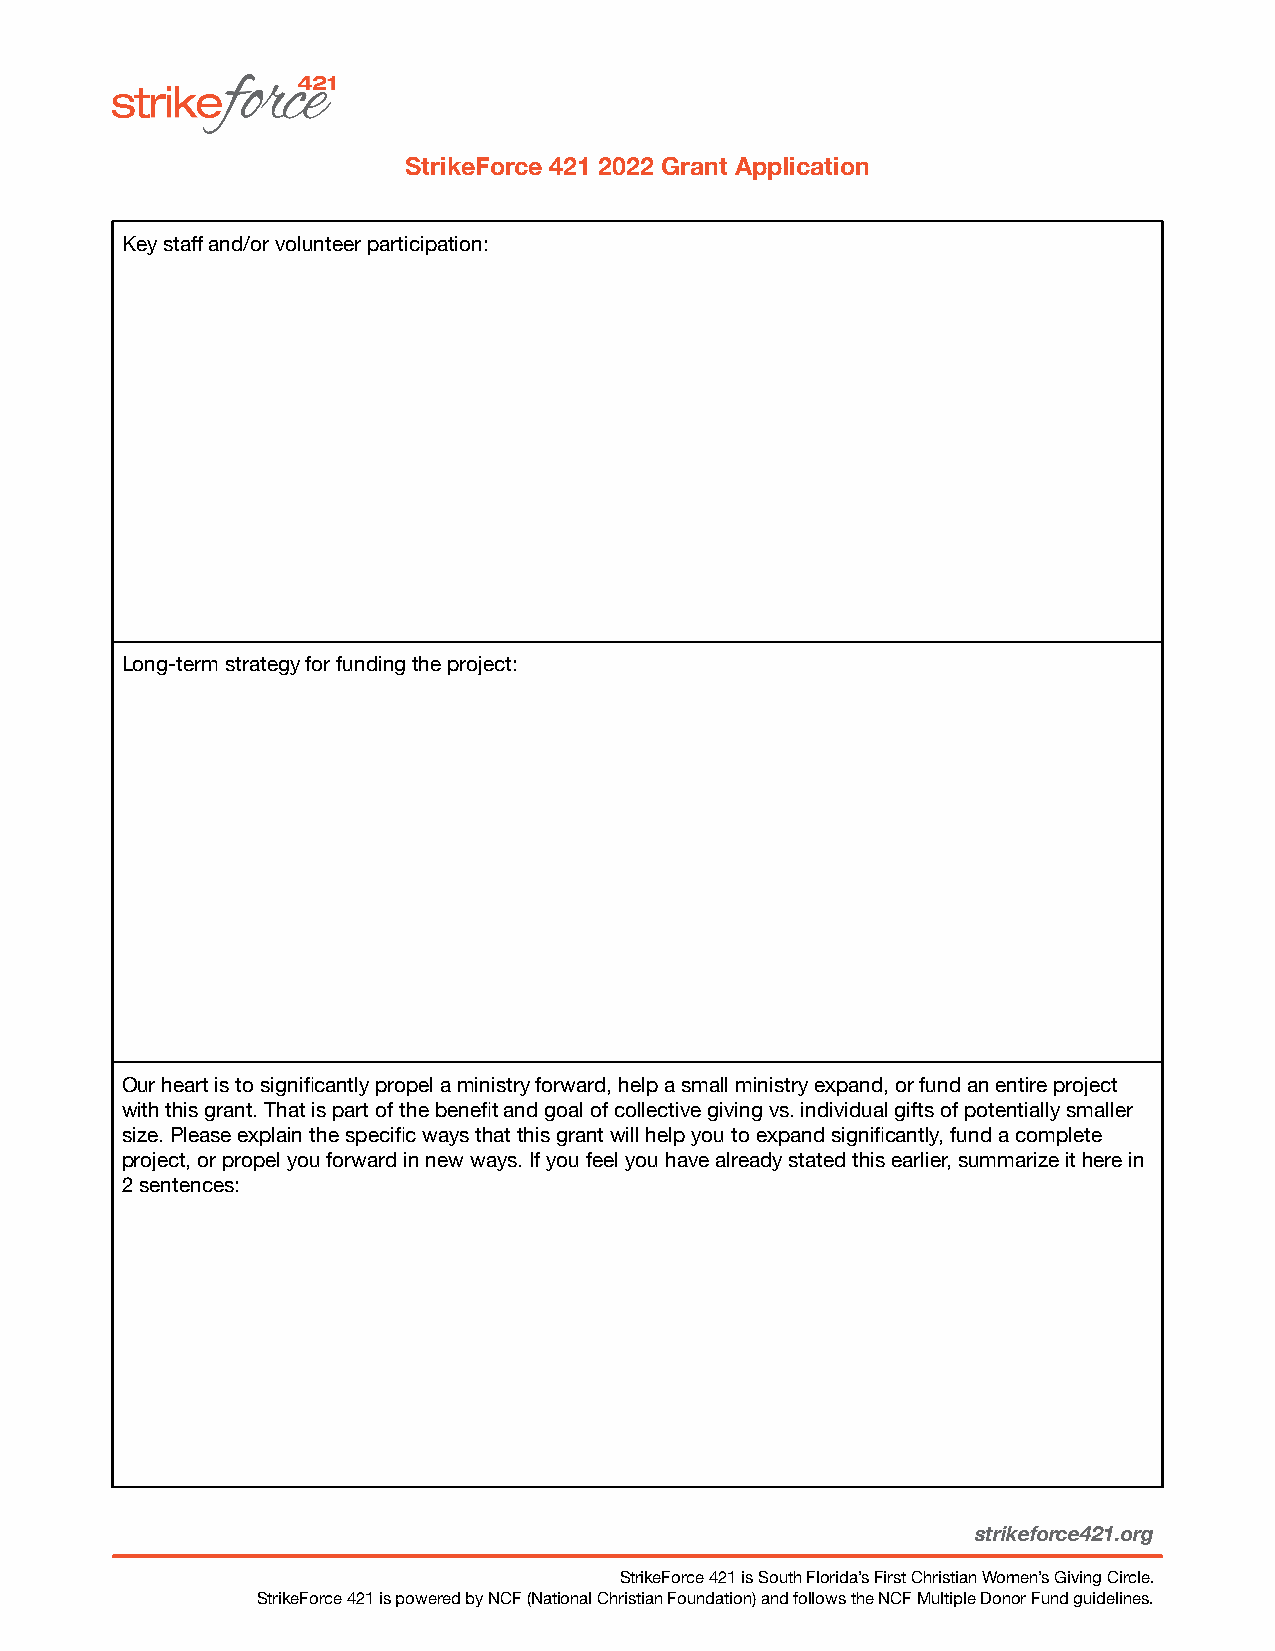
StrikeForce 421 2022 Grant Application
 Key staff and/or volunteer participation:
 Long-term strategy for funding the project:
 Our heart is to significantly propel a ministry forward, help a small ministry expand, or fund an entire project
 with this grant. That is part of the benefit and goal of collective giving vs. individual gifts of potentially smaller
 size. Please explain the specific ways that this grant will help you to expand significantly, fund a complete
 project, or propel you forward in new ways. If you feel you have already stated this earlier, summarize it here in
 2 sentences:
 strikeforce421.org
 StrikeForce 421 is South Florida’s First Christian Women’s Giving Circle.
 StrikeForce 421 is powered by NCF (National Christian Foundation) and follows the NCF Multiple Donor Fund guidelines.